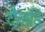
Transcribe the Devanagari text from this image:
दौलति